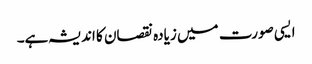
ایسی صورت میں زیادہ نقصان کا اندیشہ ہے۔